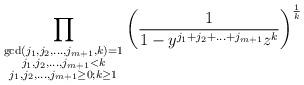
LaTeX: \begin{align*} \prod_{\substack{\gcd(j_1,j_2,\ldots,j_{m+1},k)=1 \\ j_1,j_2,\ldots,j_{m+1}<k \\ j_1,j_2,\ldots,j_{m+1} \geq 0; k \geq 1}} \left(\frac{1}{1-y^{j_1+j_2+...+j_{m+1}}z^k} \right)^{\frac{1}{k}} \end{align*}